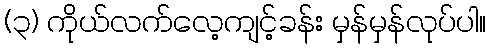
(၃) ကိုယ်လက်လေ့ကျင့်ခန်း မှန်မှန်လုပ်ပါ။